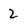
Character: 2